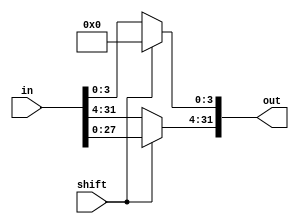
module shift_log_left_4(out, in, shift);
    // logical shift pad with zeros
    input [31:0] in;
    input shift;
    output [31:0] out;

    assign out[3:0] = shift ? 4'b0000 : in[3:0];
    assign out[31:4] = shift ? in[27:0] : in[31:4];
endmodule